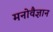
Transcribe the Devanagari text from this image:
मनोवैज्ञान